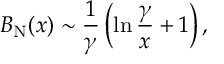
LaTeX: B _ { \mathrm { N } } ( x ) \sim { \frac { 1 } { \gamma } } \left( \ln { \frac { \gamma } { x } } + 1 \right) ,